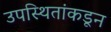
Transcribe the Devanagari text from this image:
उपस्थितांकडून